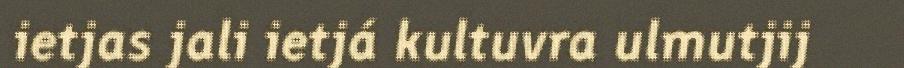
ietjas jali ietjá kultuvra ulmutjij